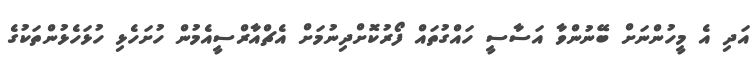
އަދި އެ މީހުންނަށް ބޭނުންވާ އަސާސީ ހައްގުތައް ފޯރުކޮށްދިނުމަށް އެޗްއާރްސީއެމުން ހުށަހެޅި ހުޅަހެޅުންތަކުގެ